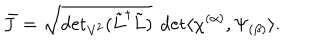
\bar { J } = \sqrt { { \det } _ { \mathrm { V ^ { 2 } } } ( \tilde { L } ^ { \dagger } \tilde { L } ) } \ \det \langle \chi ^ { ( \alpha ) } , \Psi _ { ( \beta ) } \rangle .